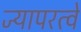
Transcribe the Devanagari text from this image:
ज्यापरत्वे